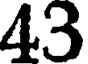
43